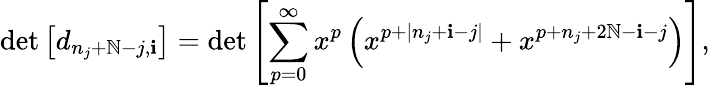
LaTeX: \operatorname*{det}\left[d_{n_{j}+\mathbb{N}-j,\mathbf{i}}\right]=\operatorname*{det}\left[\sum_{p=0}^{\infty}x^{p}\left(x^{p+|n_{j}+\mathbf{i}-j|}+x^{p+n_{j}+2\mathbb{N}-\mathbf{i}-j}\right)\right],